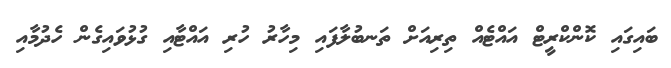
ބައިގައި ކޮންކްރީޓް އައްޓެއް ތިރިއަށް ތަނބުލާފައި މިހާރު ހުރި އައްޓާއި ގުޅުވައިގެން ހެދުމާއި